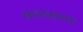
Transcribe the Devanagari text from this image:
सलावतनगर